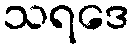
သရဒေ